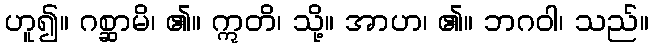
ဟူ၍။ ဂစ္ဆာမိ၊ ၏။ ဣတိ၊ သို့။ အာဟ၊ ၏။ ဘဂဝါ၊ သည်။